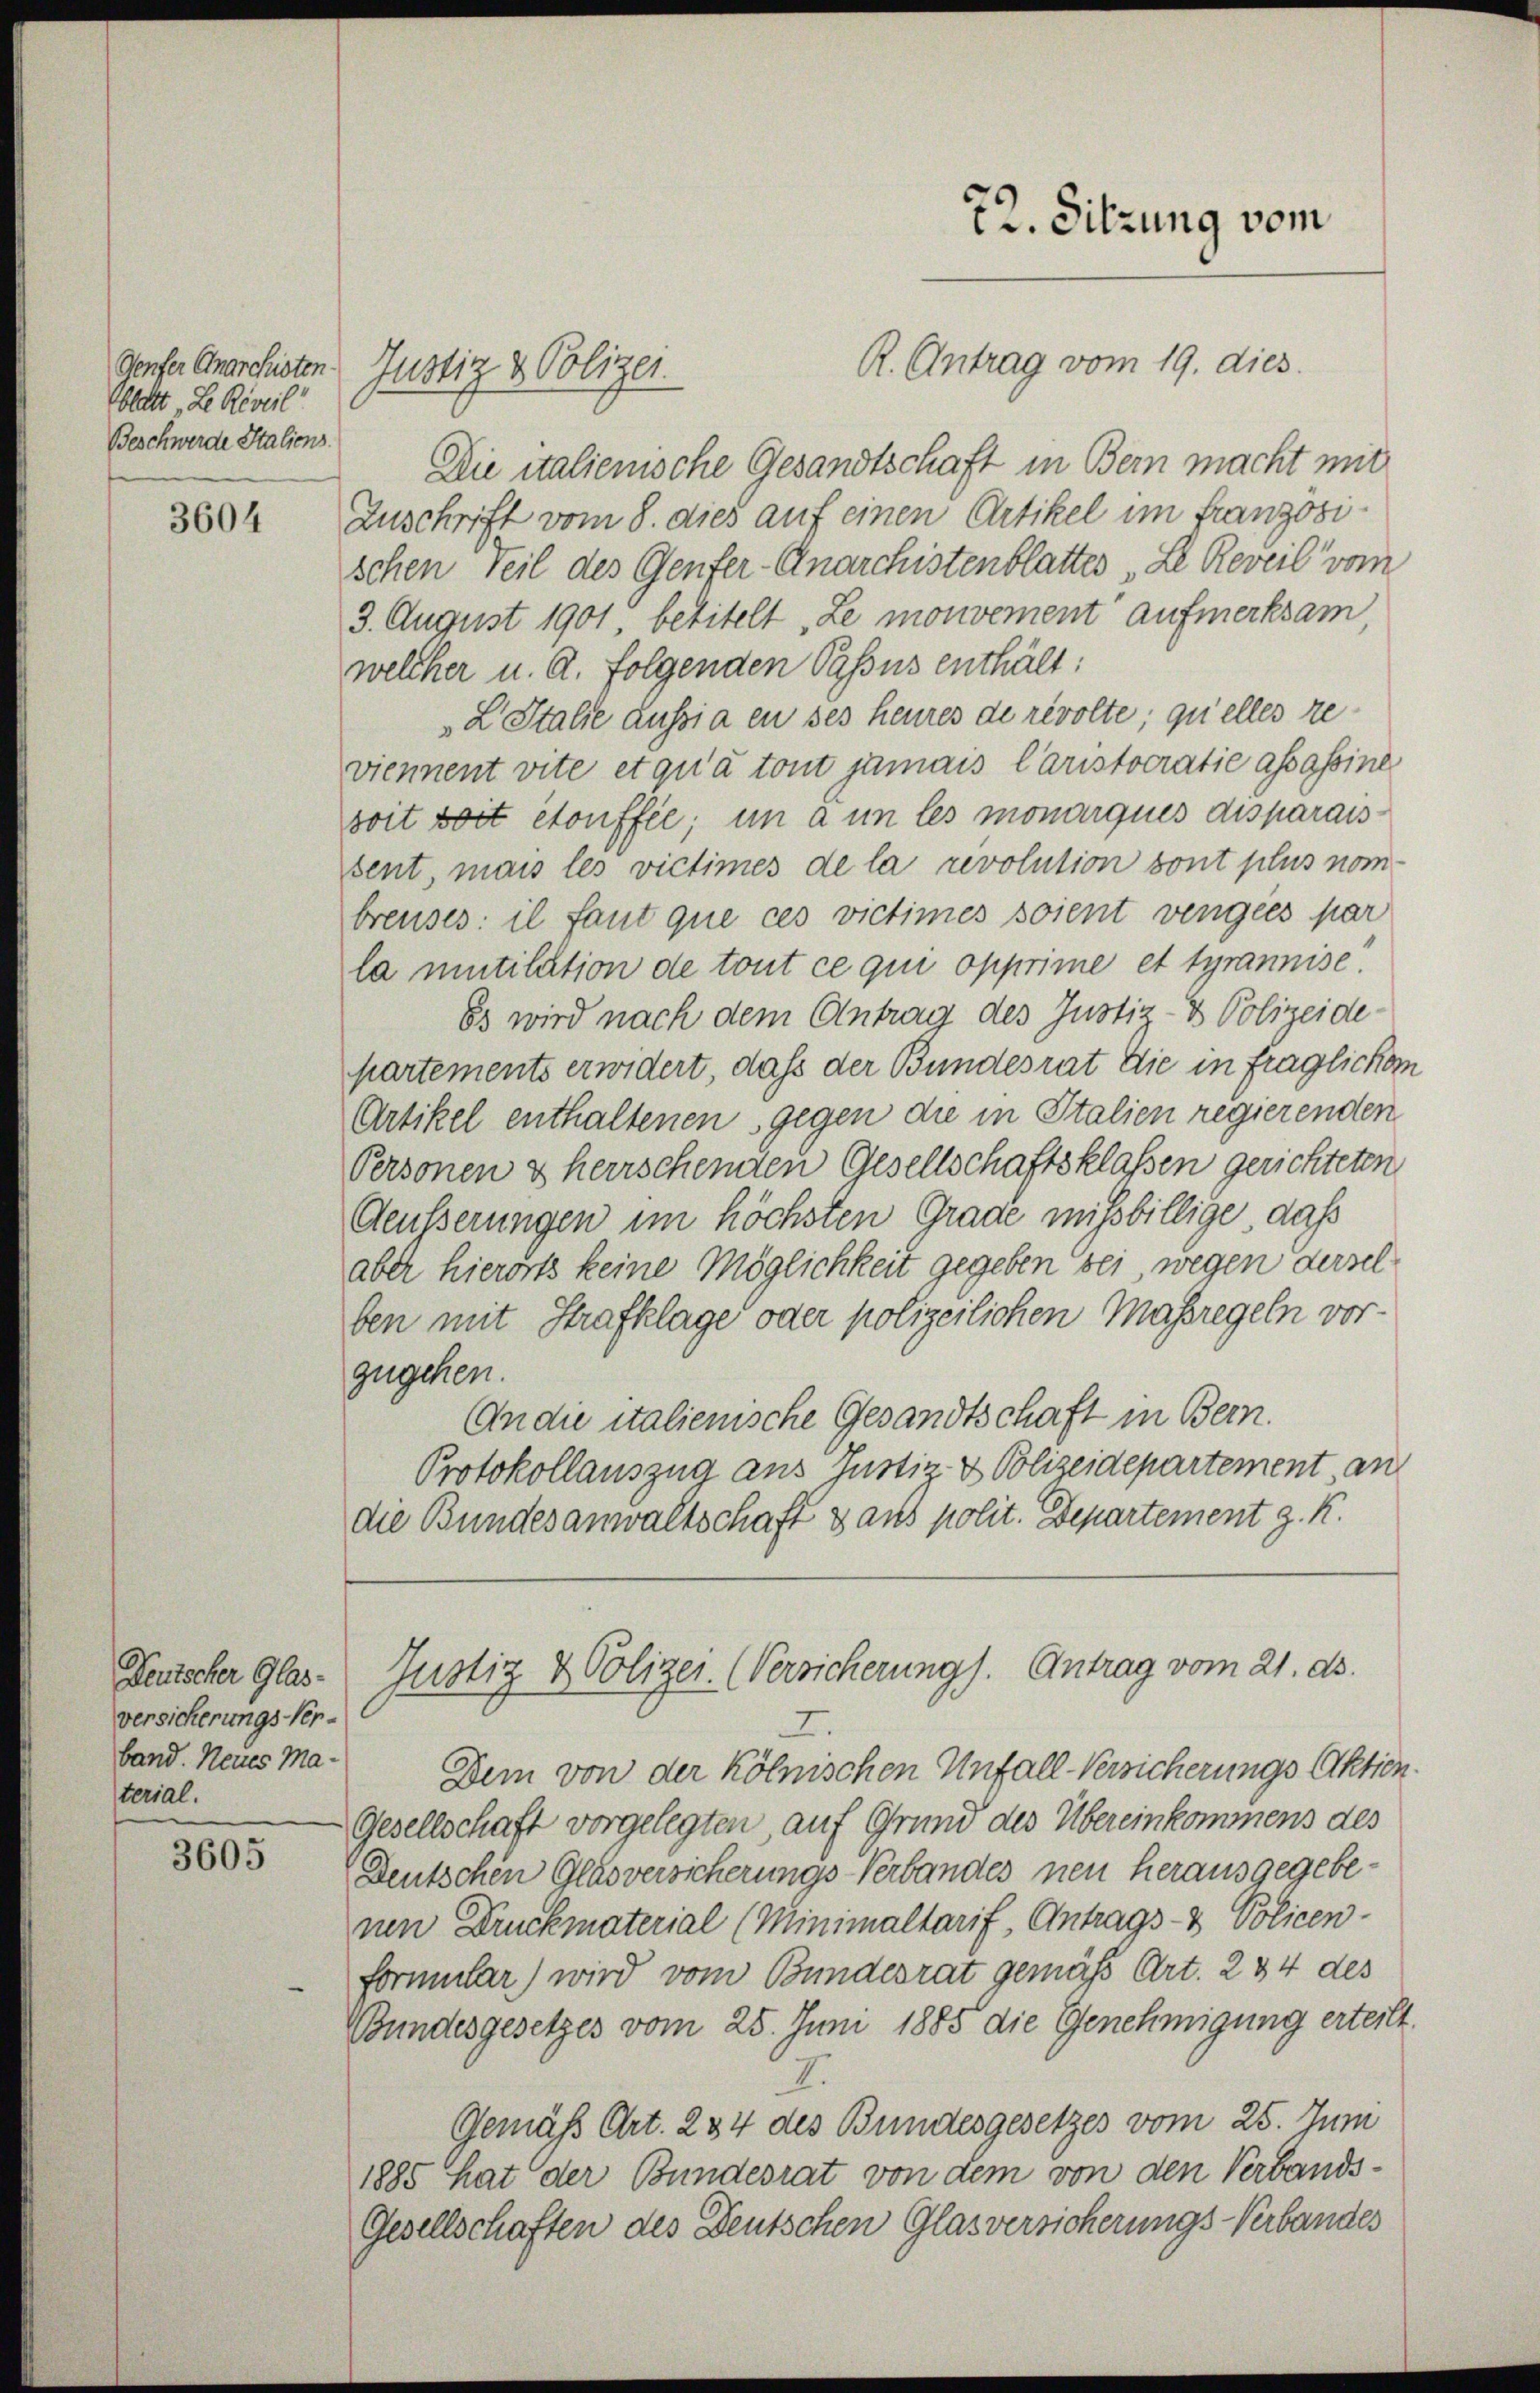
Oblatt „Le Reveil
Beschwerde Italiens.

3604

Deutscher Glas-
versicherungs-Verband. Neues Material.

3605

Die italienische Gesandtschaft in Bern macht mit
Zuschrift vom 8. dies auf einen Artikel im Französischen Teil des Genfer-Anarchistenblattes „Le Reveil“ vom
3. August 1901 betitelt „Le mouvement aufmerksam
welcher u. A. Folgenden Passus enthält:
L Italie aussia en ses heures de revolte, quelles reviennent vite et qu’à tout jamais Caristocratie assassine
soit soit etonffée; in ain les monarques disparais
sent, mais les victimes de la revolution sont plus nom-
breuses il faut que ces victimes soient vengees par
la mutilation de tout ce qui opprime et tyrannise
Es wird nach dem Antrag des Justiz- & Polizeide
partements erwidert, dass der Bundesrat die in fraglichem
Artikel enthaltenen, gegen die in Italien regierenden
Personen & herrscheinten Gesellschaftsklassen gerichteten
Aeusserungen im höchsten Grade mißbillige, daß
aber hierorts keine Möglichkeit gegeben bei, wegen derselben mit Strafklage oder polizeilichen Maßregeln vor-
zugehen.
An die italienische Gesandtschaft in Bern.
Protokollauszug aus Justiz- & Polizeidepartement, an
die Bundesanwaltschaft & aus polit. Departement J. K.

denser Anarchsten Justiz & Polizei.

72. Sitzung vom
R. Antrag vom 19. dies

Justiz & Polizei. (Versicherung). Antrag vom 21. ds.

7
Dem von der Kölnischen Unfall-Versicherungs Aktien
Gesellschaft vorgelegten auf Grund des Übereinkommens des
Deutschen Glasversicherungs-Verbandes neu herausgegebenen Druckmaterial (Minimaltarif, Antrags- & Policen-
formular) wird vom Bundesrat gemäß Art. 234 des
Bundesgesetzes vom 25. Juni 1885 die Genehmigung erteilt
7.
Gemäß Art. 234 des Bundesgesetzes vom 25. Juni
1885 hat der Bundesrat von dem von den Verbands¬
Gesellschaften des Deutschen Glasversicherungs-Verbandes